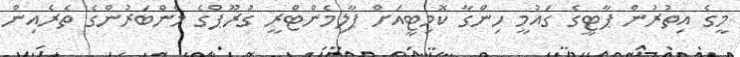
މީގެ އިތުރުން ޕާޓީގެ ގައުމީ ހިންގާ ކޮމިޓީއަށް ޕާލިމެންޓްރީ ގުރޫޕްގެ މެންބަރުންގެ ތެރެއިން